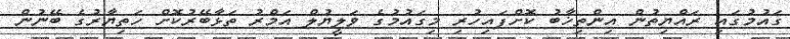
ގައުމުގައި ރައްޔިތުން އިންތިޚާބު ކޮށްފައިހުރި މިގައުމުގެ ވަލީޔުލް އަމްރު ތަޅާބޭރުކޮށް ހަތިޔާރުގެ ބޭނުން